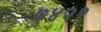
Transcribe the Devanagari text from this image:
७४२९